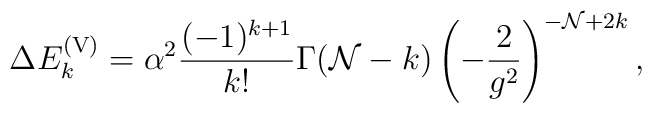
\Delta E^{\rm (V)}_k = \alpha^2 {(-1)^{k + 1} \over k!} \Gamma({\cal N} - k) \left( -{2\over g^2} \right)^{-{\cal N} + 2 k},